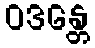
ဝဒန္တေ